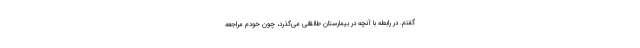
گفتم. در رابطه با آنچه در بیمارستان طالقانی می‌گذرد، چون خودم مراجعه